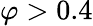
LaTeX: \varphi>0.4